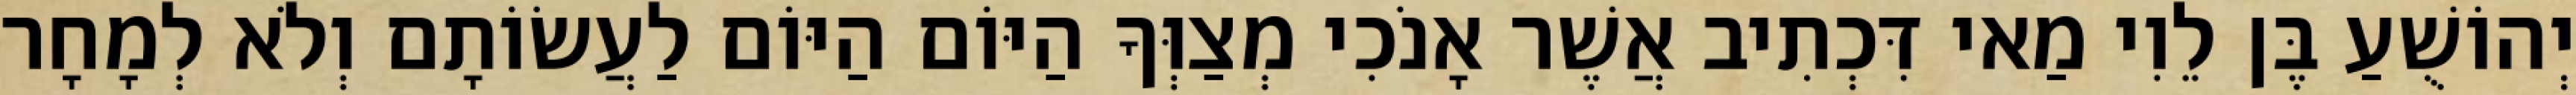
יְהוֹשֻׁעַ בֶּן לֵוִי מַאי דִּכְתִיב אֲשֶׁר אָנֹכִי מְצַוְּךָ הַיּוֹם הַיּוֹם לַעֲשׂוֹתָם וְלֹא לְמָחָר